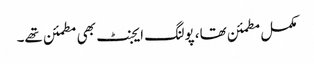
مکمل مطمئن تھا، پولنگ ایجنٹ بھی مطمئن تھے۔